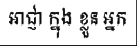
អាជ្ញា ក្នុង ខ្លួន អ្នក